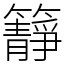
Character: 𥶹